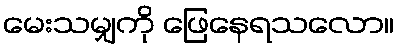
မေးသမျှကို ဖြေနေရသလော။